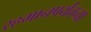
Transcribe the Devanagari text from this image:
रहमानपर्यंतच्या